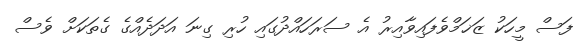
ފަސް މީހަކު ޒަޚަމްވެފައިވާއިރު އެ ސަރަހައްދުގައި ހުރި ގިނަ އަދަދެއްގެ ގެތަކަށް ވެސް